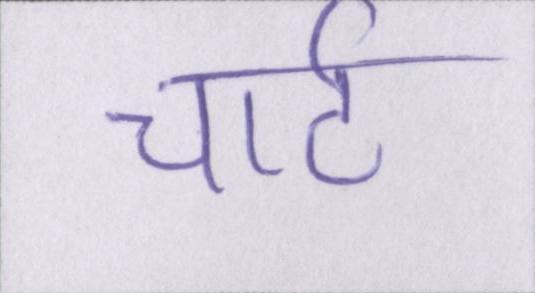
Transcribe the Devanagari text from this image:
चार्ट